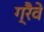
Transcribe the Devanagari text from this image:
ग्रैवे